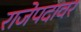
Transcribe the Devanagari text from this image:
राजेपदावर